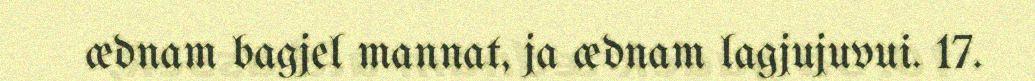
ædnam bagjel mannat, ja ædnam lagjujuvui. 17.